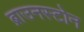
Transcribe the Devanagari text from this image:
ब्राउनस्टोन